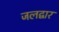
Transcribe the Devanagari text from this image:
जलद्वार